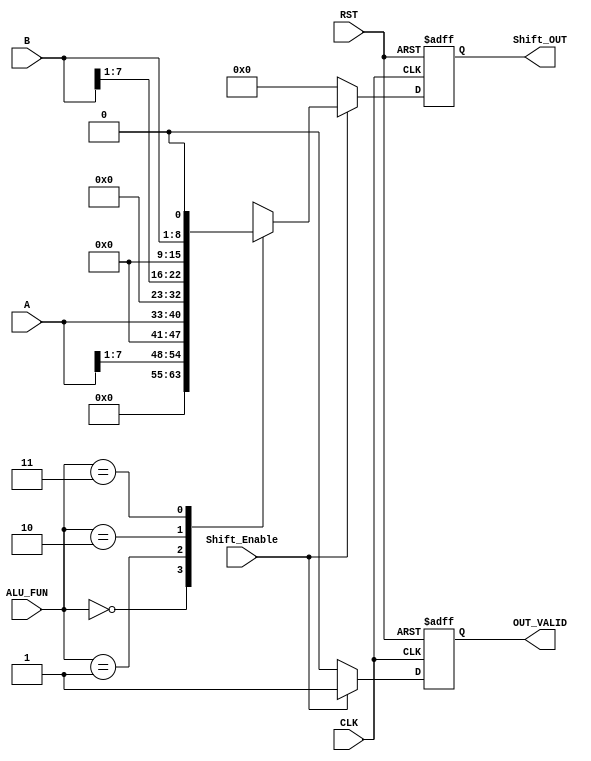
module Shift_unit #(parameter 	A_WIDTH = 8	, B_WIDTH = 8 , OUT_WIDTH = 16, ALU_FUN_WIDTH = 2)									
 (																
	input  wire [A_WIDTH-1:0] 			A									,
	input  wire [B_WIDTH-1:0] 			B									,
	input  wire [ALU_FUN_WIDTH-1:0] 	ALU_FUN								,
	input  wire 						Shift_Enable						,
	input  wire 		  				CLK									,
	input  wire							RST									,
		
	output reg  [OUT_WIDTH-1:0] 		Shift_OUT							,
	output reg							OUT_VALID	
 );


	reg 		[OUT_WIDTH-1:0] 		Shift_Result						;
	reg									VALID								;
	
/********************************************************************************************/
/********************************************************************************************/
	
	always@(posedge CLK or negedge RST)	
		begin	
			
			if(!RST)
				begin
				
					Shift_OUT <= 'b0										;
					OUT_VALID <= 'b0										;

				end
			else
				begin
				
					Shift_OUT <= Shift_Result								;
					OUT_VALID <= VALID										;

				end
	
		end	
	
/********************************************************************************************/
/********************************************************************************************/
	
	always@(*)	
		begin	
				
			VALID = 1'b0													;

			if (Shift_Enable)	
				begin	
					
					case (ALU_FUN)
						'b00: 	 Shift_Result = A >> 1'b1					;				
						'b01: 	 Shift_Result = A << 1'b1					;
						'b10:	 Shift_Result = B >> 1'b1					;
						'b11: 	 Shift_Result = B << 1'b1					;
						default: Shift_Result = 'd0							;
					endcase
					
					VALID = 'b1												;

				end
			else
				begin

					Shift_Result = 'b0										;
					VALID = 'b0												;
				
				end
		end

endmodule